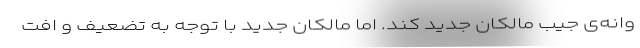
وانه‌ی جیب مالکان جدید کند. اما مالکان جدید با توجه به تضعیف و افت